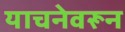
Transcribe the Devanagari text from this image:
याचनेवरून